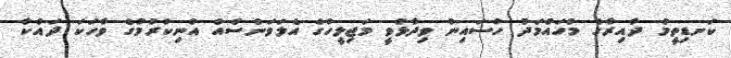
ކަނޑިތީމު ދާއިރާގެ މުހައްމަދު ހުސައިން ވިދާޅުވީ މަޖިލީހުގެ އެލަވަންސެއް އުނިކުރުމުގެ ވާހަކަ ދައްކާ